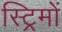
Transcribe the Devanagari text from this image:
स्ट्रिमों